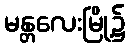
မန္တလေးမြို့၌